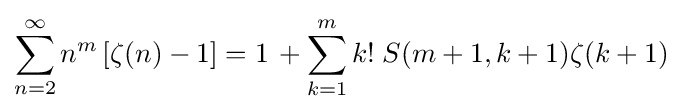
\sum _{n=2}^{\infty }n^{m}\left[\zeta (n)-1\right]=1\,+\sum _{k=1}^{m}k!\;S(m+1,k+1)\zeta (k+1)